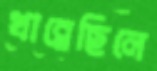
খাব্‌লেছিলে